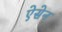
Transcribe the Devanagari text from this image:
ऐसेन